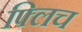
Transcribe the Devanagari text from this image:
फ्लिच